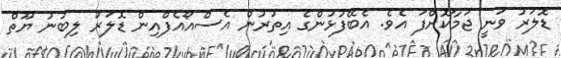
ޑޮލަރު ވަނީ ޖަމާކޮށްފަ އެވެ. އެބޭފުޅުންގެ އިތުރުން އެސްއޯއެފްއިން ޑޮލަރު ލިބުނު ޔޫތް